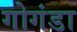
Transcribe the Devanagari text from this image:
गोगंडा